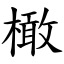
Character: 橄